NAE_ERA_R-1665_Eesti_Kunstnike_Liit, lk 29
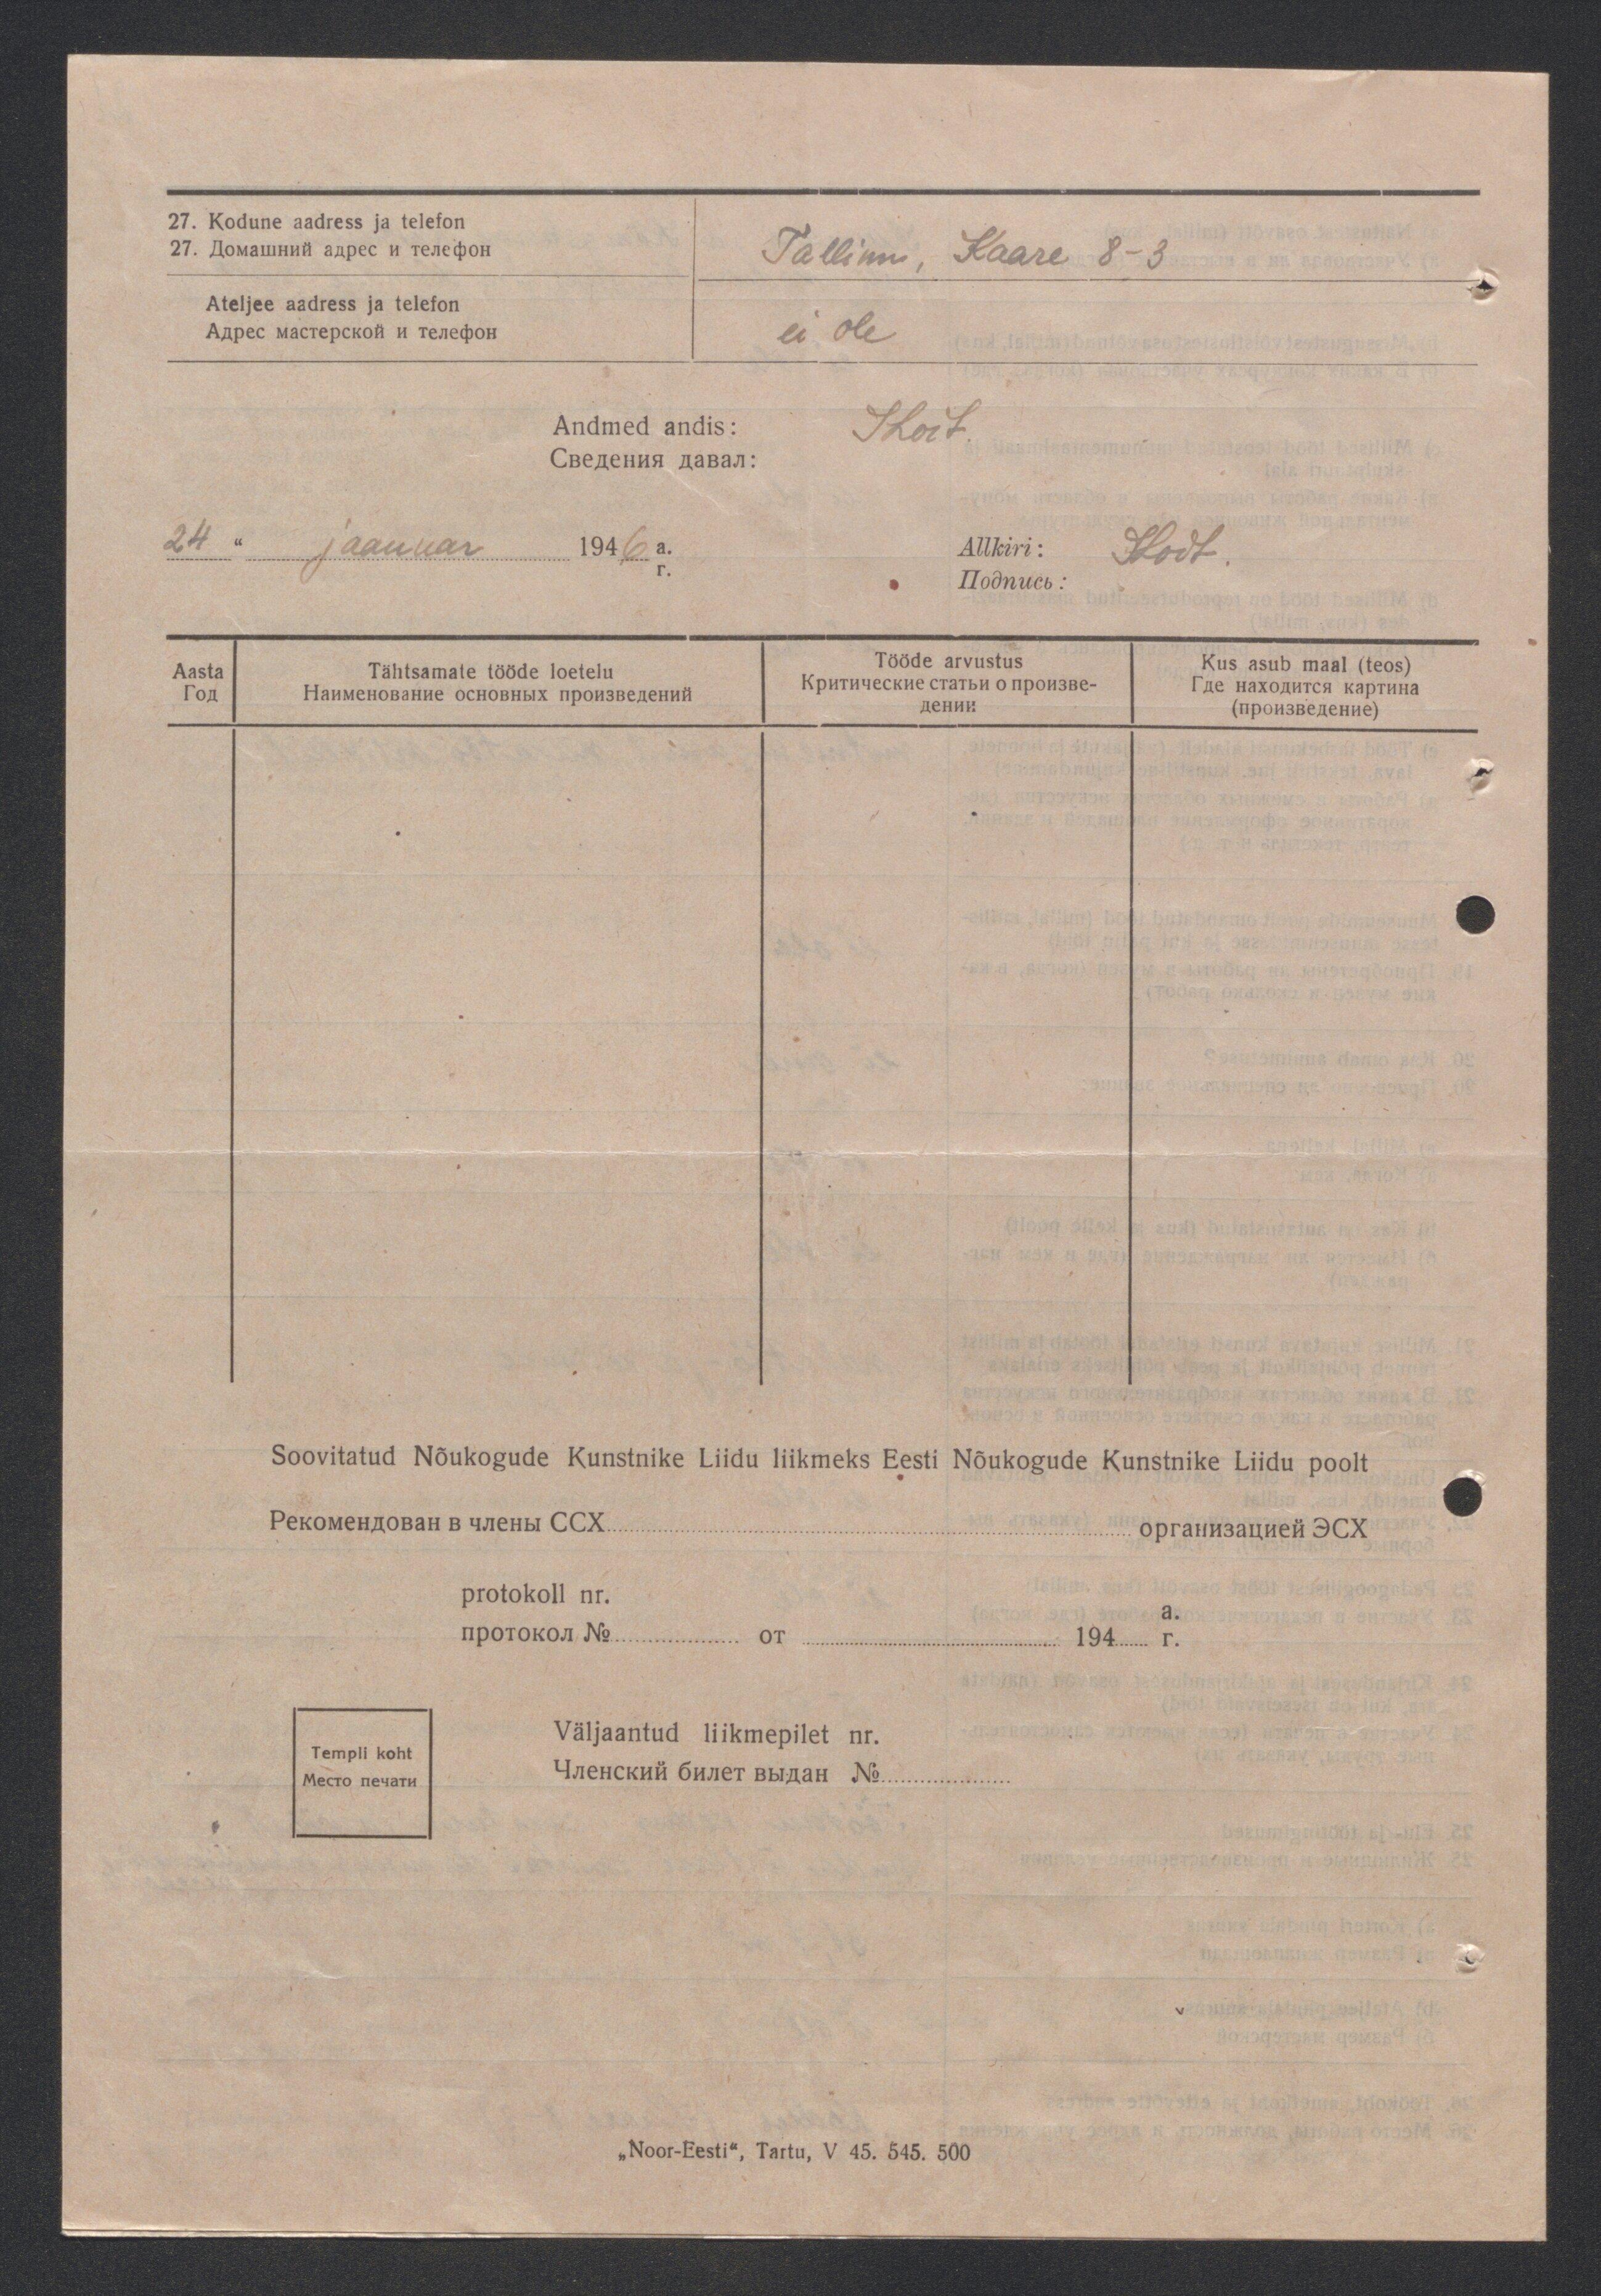
27. Kodune aadress ja telefon
Tallinn, Kaare 8-3
Ateljee aadress ja telefon
ei ole
Andmed andis: SLoit.
24 " jaanuar 1946 a.
Allkiri: SLoit.
Aasta
Tähtsamate tööde loetelu
Tööde arvustus
Kus asub maal (teos)

Soovitatud Nõukogude Kunstnike Liidu liikmeks Eesti Nõukogude Kunstnike Liidu poolt
protokoll nr.
Väljaantud liikmepilet nr.

Templi koht

„Noor-Eesti", Tartu, V 45. 545. 500